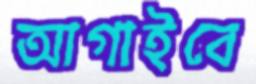
আগাইবে